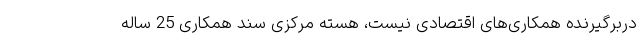
دربرگیرنده همکاری‌های اقتصادی نیست، هسته مرکزی سند همکاری 25 ساله